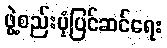
ဖွဲ့စည်းပုံပြင်ဆင်ရေး